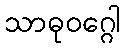
သာဓုဝဂ္ဂေါ